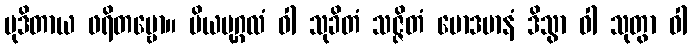
မုဒိတာယ ဖရိတဗ္ဗော။ ပိယပုဂ္ဂလံ ဝါ သုခိတံ သဇ္ဇိတံ မောဒမာနံ ဒိသွာ ဝါ သုတွာ ဝါ